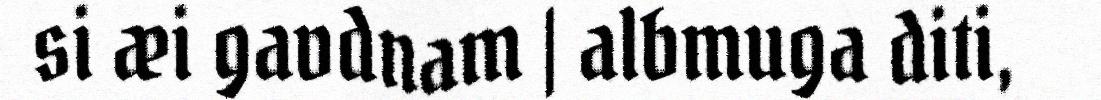
si æi gavdnam | albmuga diti,